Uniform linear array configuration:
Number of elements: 4
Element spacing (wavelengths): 0.75
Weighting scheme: hamming
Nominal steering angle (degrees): -45
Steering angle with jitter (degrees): -46.862
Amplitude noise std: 0.05
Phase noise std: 0.05

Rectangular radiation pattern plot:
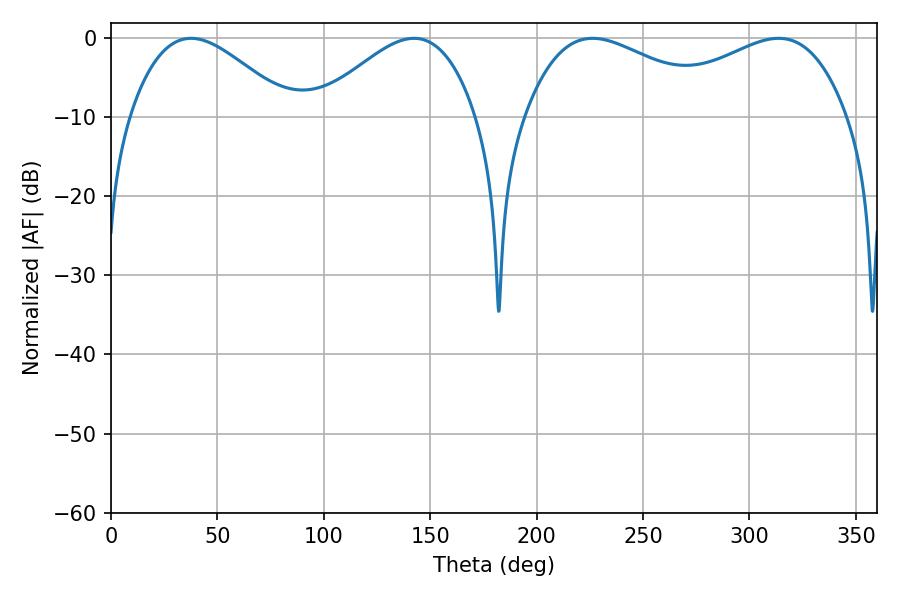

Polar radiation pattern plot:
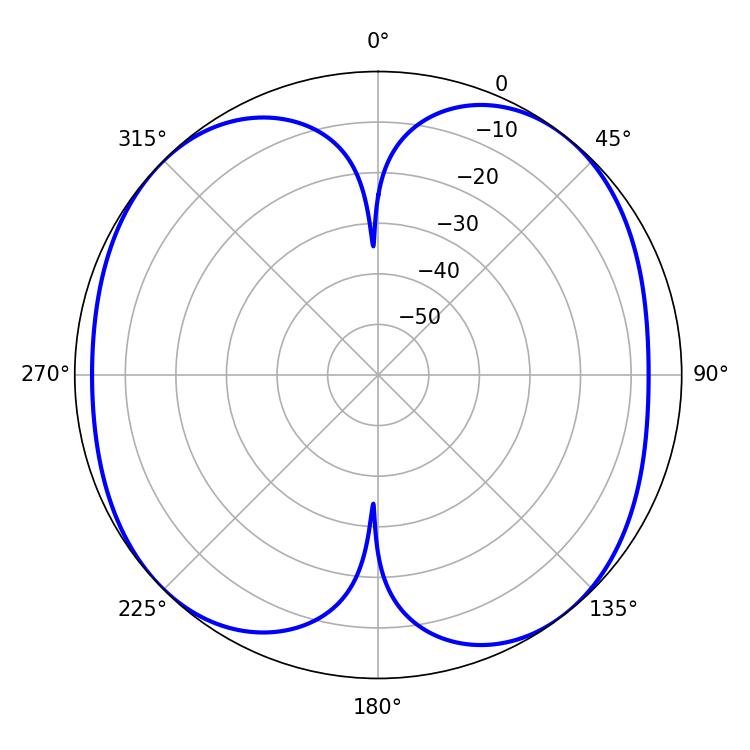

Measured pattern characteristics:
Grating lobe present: TRUE
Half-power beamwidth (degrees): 40.5
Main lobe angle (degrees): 37.62